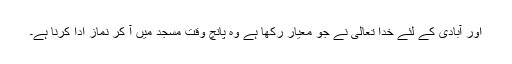
اور آبادی کے لئے خدا تعالیٰ نے جو معیار رکھا ہے وہ پانچ وقت مسجد میں آ کر نماز ادا کرنا ہے۔